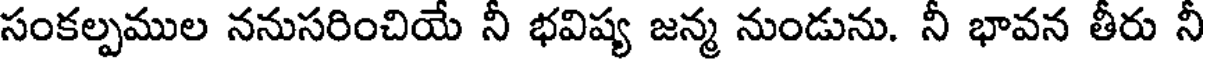
సంకల్పముల ననుసరించియే నీ భవిష్య జన్మ నుండును. నీ భావన తీరు నీ